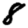
Digit: 8